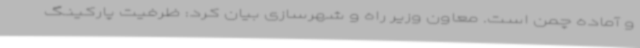
و آماده چمن است. معاون وزیر راه و شهرسازی بیان کرد: ظرفیت پارکینگ